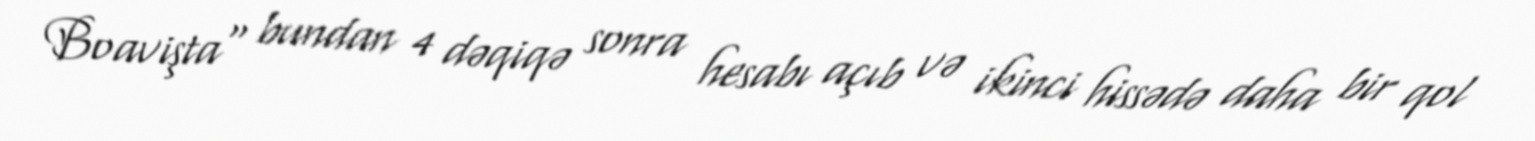
Boavişta" bundan 4 dəqiqə sonra hesabı açıb və ikinci hissədə daha bir qol